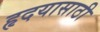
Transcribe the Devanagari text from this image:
हृदयासाठी